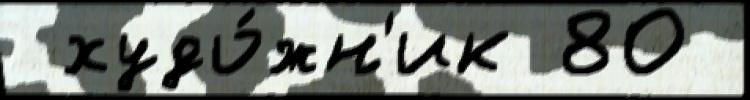
 худо́жн'ик 80